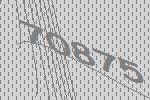
70875